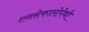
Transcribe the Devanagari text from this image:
एनसेफालोपेथी